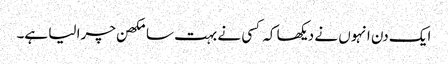
ایک دن انہوں نے دیکھا کہ کسی نے بہت سا مکھن چرا لیا ہے۔